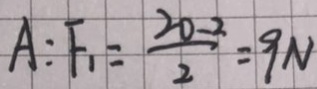
A : F _ { 1 } = \frac { 2 0 - 2 } { 2 } = 9 N